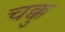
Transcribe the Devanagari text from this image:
चक्कु